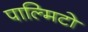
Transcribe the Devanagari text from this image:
पाल्मिटो